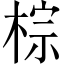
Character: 棕